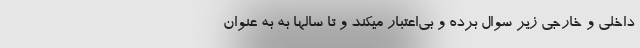
داخلی و خارجی زیر سوال برده و بی‌اعتبار میکند و تا سالها به به عنوان